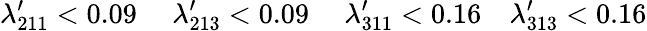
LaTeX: \lambda_{211}^{\prime}<0.09~~~~~\lambda_{213}^{\prime}<0.09~~~~~\lambda_{311}^{\prime}<0.16~~~~\lambda_{313}^{\prime}<0.16